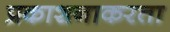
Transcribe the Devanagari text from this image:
प्रकाशनाकरता